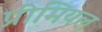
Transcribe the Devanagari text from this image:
प्रीमियल